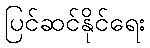
ပြင်ဆင်နိုင်ရေး